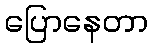
ပြောနေတာ